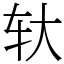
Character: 轪